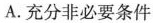
A.充分非必要条件